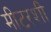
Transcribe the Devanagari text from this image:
मीटरशी